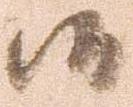
候